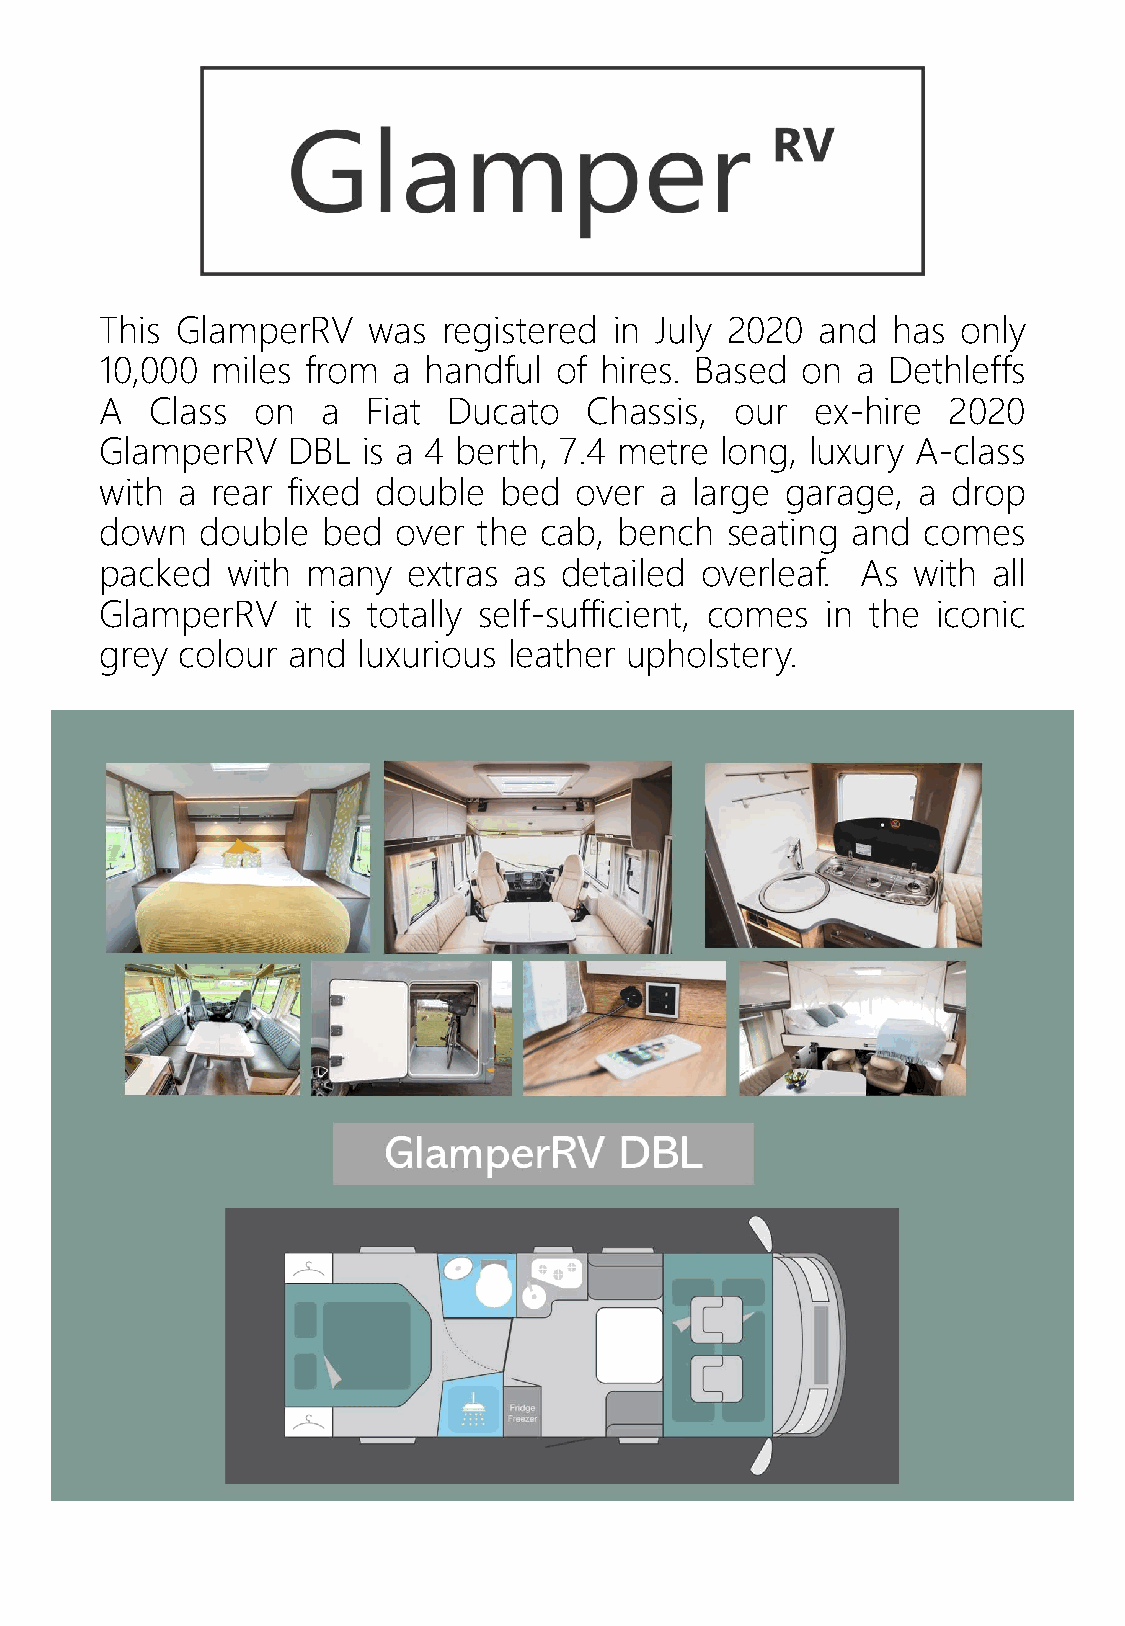
This GlamperRV   was  registered  in July 2020 and  has  only
 10,000 miles from  a handful  of hires. Based on  a Dethleffs
 A  Class  on  a  Fiat  Ducato   Chassis,  our  ex-hire  2020
 GlamperRV   DBL  is a 4 berth, 7.4 metre long, luxury A-class
 with a rear fixed double  bed  over  a large garage,  a drop
 down  double  bed  over  the cab, bench  seating and  comes
 packed  with many   extras as detailed overleaf.  As with  all
 GlamperRV   it is totally self-sufficient, comes in the iconic
 grey colour and  luxurious leather upholstery.